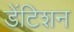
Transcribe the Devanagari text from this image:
डेंटिशन